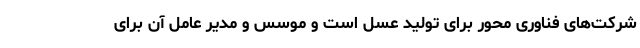
شرکت‌های فناوری محور برای تولید عسل است و موسس و مدیر عامل آن برای